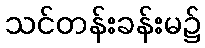
သင်တန်းခန်းမ၌